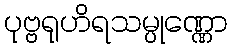
ပုဗ္ဗရုဟိရသမ္ပုဏ္ဏော